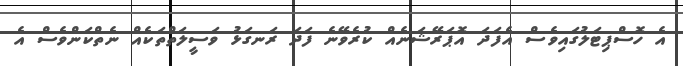
އެ ހޮސްޕިޓަލުގައިވެސް އެފަދަ އޮޕަރޭޝަނެއް ކުރެވޭނެ ފަދަ ރަނގަޅު ވަސީލަތްތަކެއް ނެތްކަންވެސް އެ